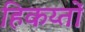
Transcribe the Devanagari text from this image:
हिकय्तों